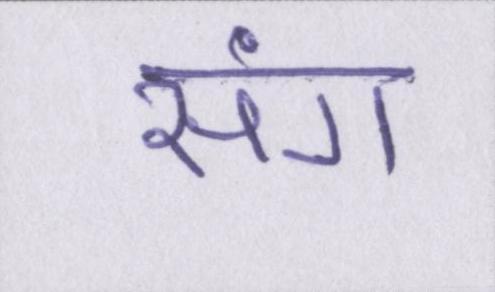
संग